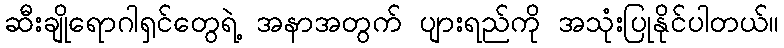
ဆီးချိုရောဂါရှင်တွေရဲ့ အနာအတွက် ပျားရည်ကို အသုံးပြုနိုင်ပါတယ်။